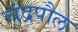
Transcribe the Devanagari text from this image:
चंद्रपौल